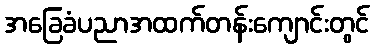
အခြေခံပညာအထက်တန်းကျောင်းတွင်